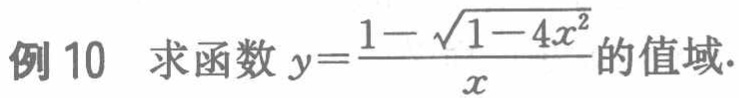
例 10 求函数 \(y = \frac{1 - \sqrt{1 - 4x^{2}}}{x}\) 的值域.